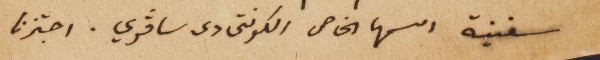
سفينة اسمها الخاص الكونتى دى سافري. اجتزنا